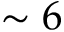
\sim 6